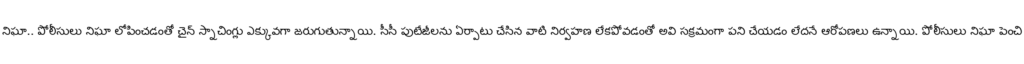
నిఘా.. పోలీసులు నిఘా లోపించడంతో చైన్ స్నాచింగ్లు ఎక్కువగా జరుగుతున్నాయి. సీసీ పుటేజీలను ఏర్పాటు చేసిన వాటి నిర్వహణ లేకపోవడంతో అవి సక్రమంగా పని చేయడం లేదనే ఆరోపణలు ఉన్నాయి. పోలీసులు నిఘా పెంచి